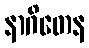
နာဂိတေန